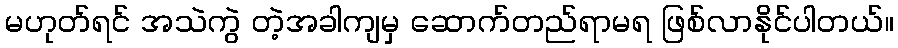
မဟုတ်ရင် အသဲကွဲ တဲ့အခါကျမှ ဆောက်တည်ရာမရ ဖြစ်လာနိုင်ပါတယ်။